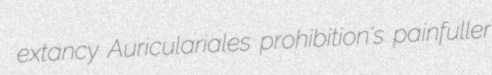
extancy Auriculariales prohibition's painfuller